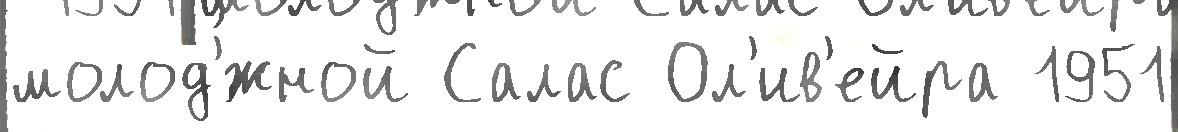
молод'́жной Салас Ол'ив'ейра 1951